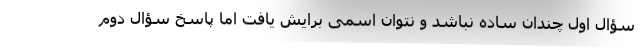
سؤال اول چندان ساده نباشد و نتوان اسمی برایش یافت اما پاسخ سؤال دوم